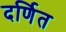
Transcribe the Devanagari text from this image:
दर्णित